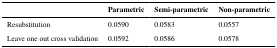
<table><thead><tr><td></td><td><b>Parametric</b></td><td><b>Semi-parametric</b></td><td><b>Non-parametric</b></td></tr></thead><tbody><tr><td>Resubstitution</td><td>0.0590</td><td>0.0583</td><td>0.0557</td></tr><tr><td>Leave one out cross validation</td><td>0.0592</td><td>0.0586</td><td>0.0578</td></tr></tbody></table>